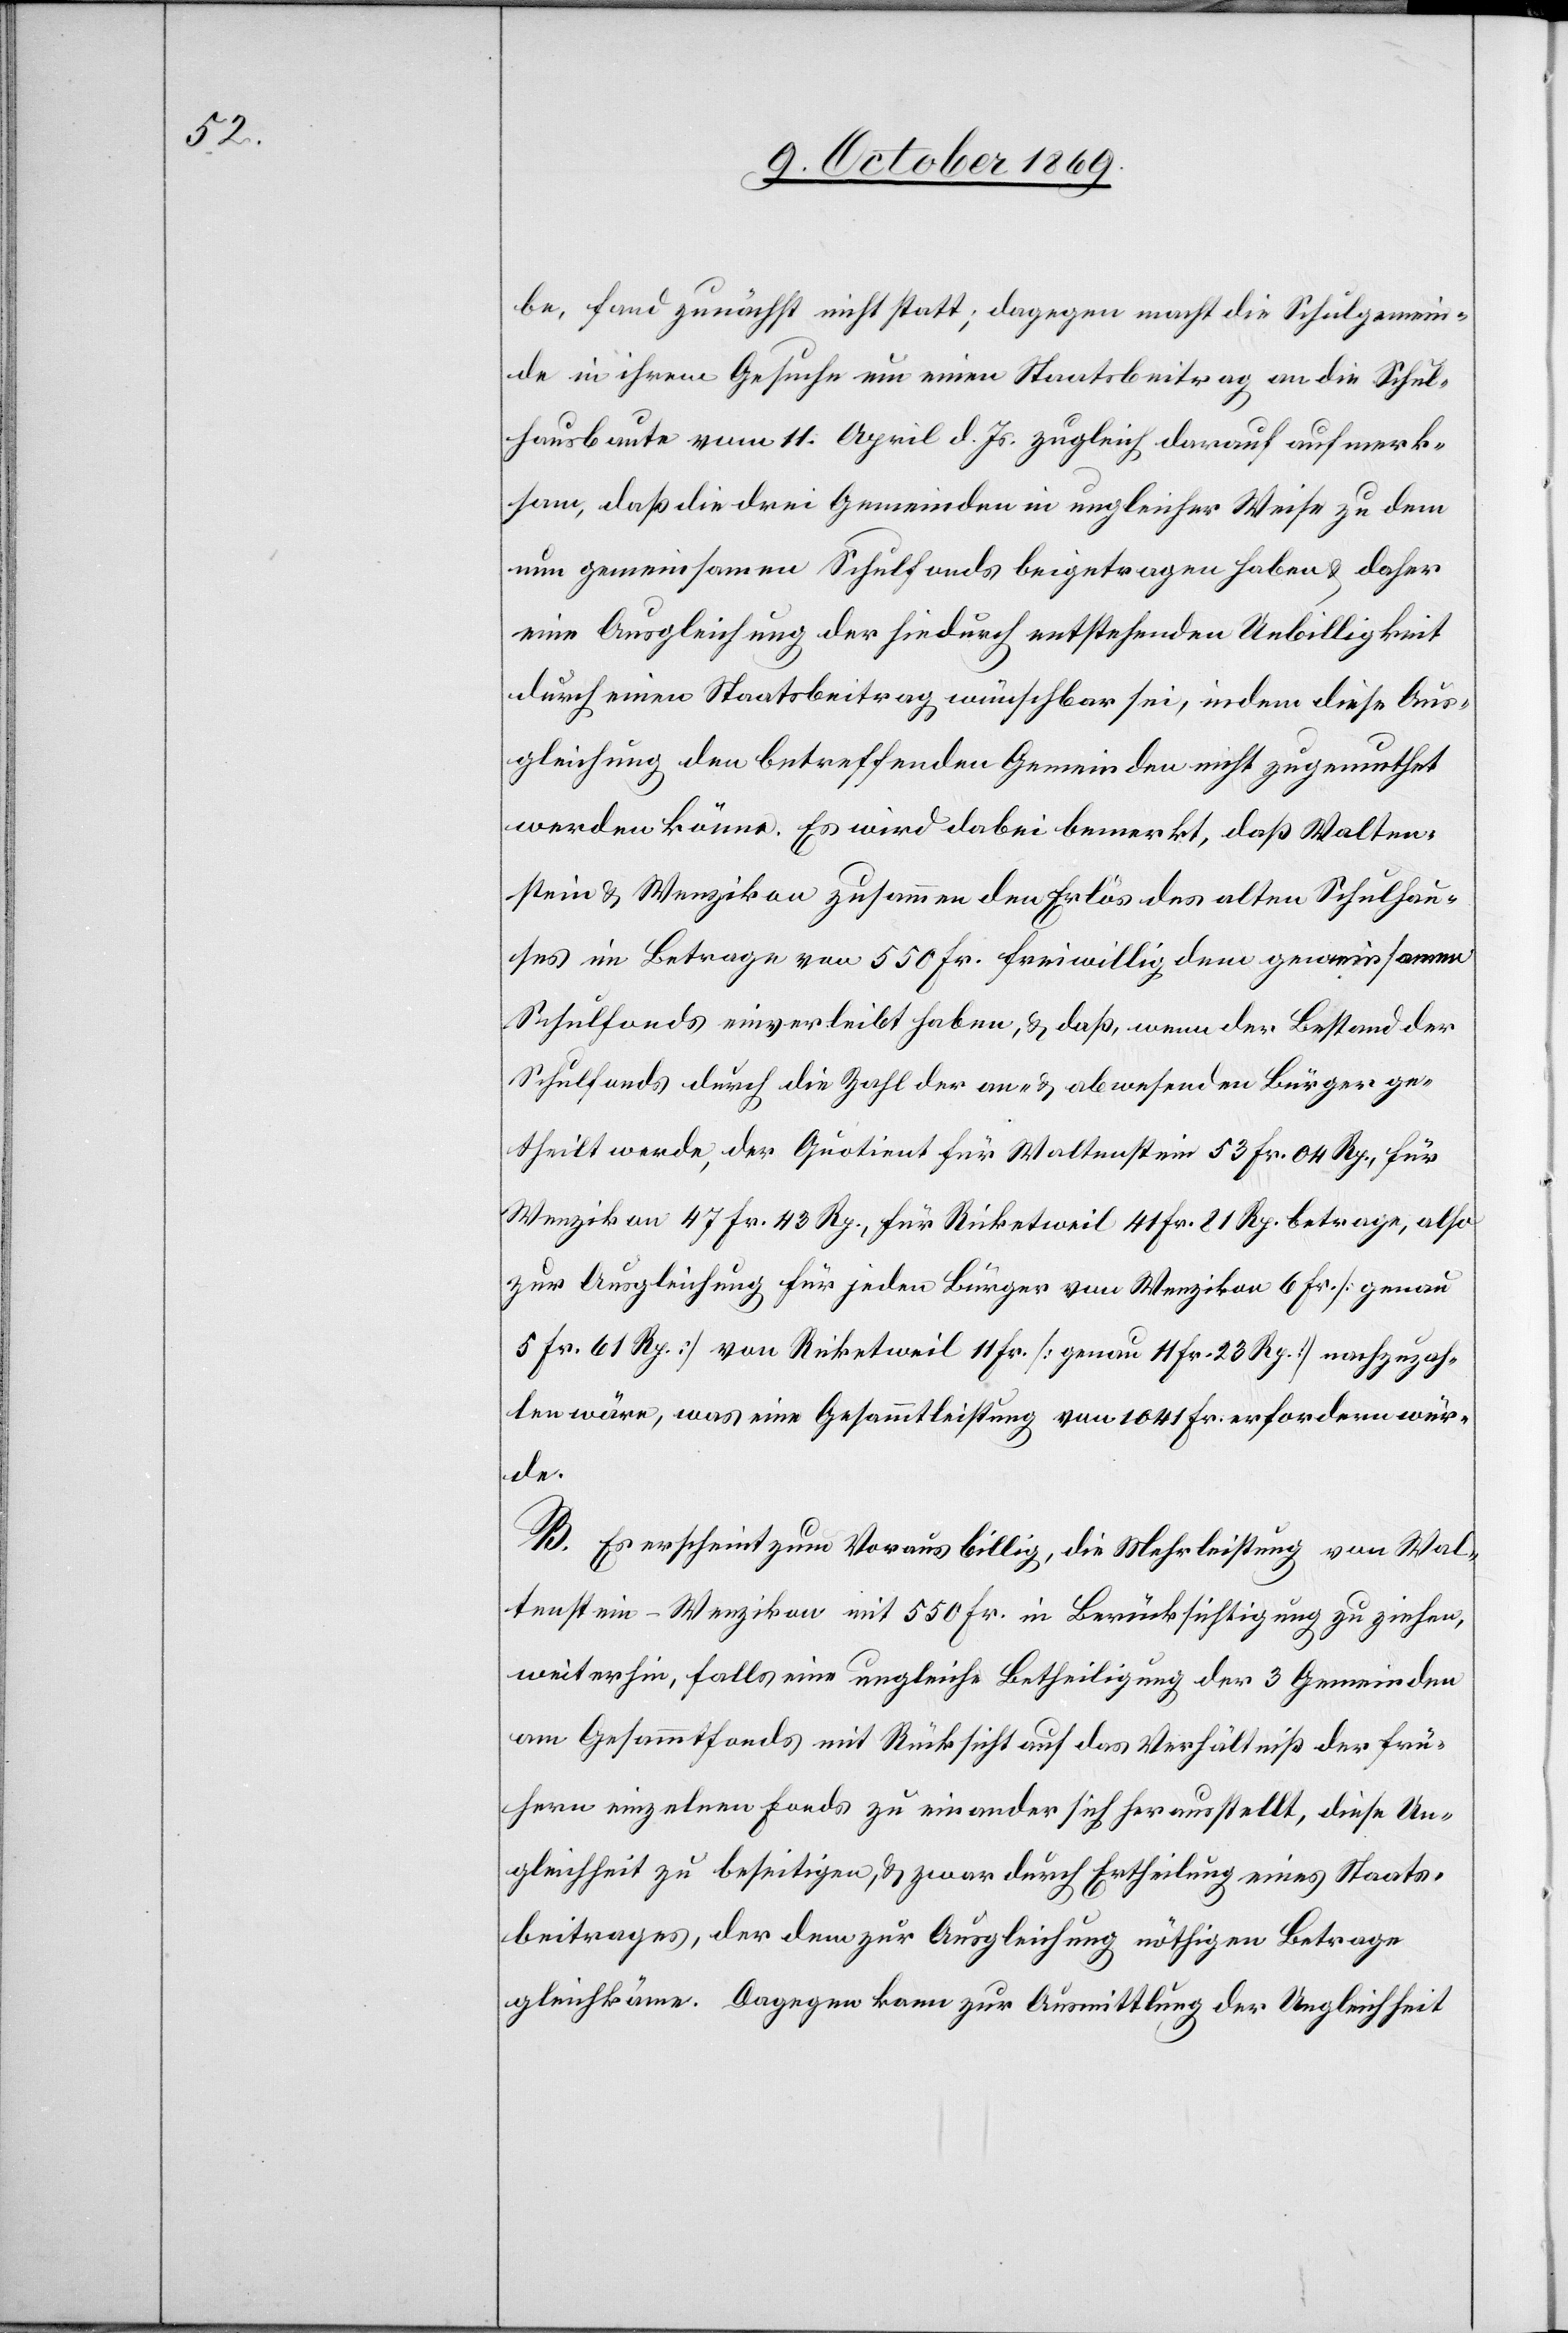
be, fand zunächst nicht statt; dagegen macht die Schulgemein¬
de in ihrem Gesuche um einen Staatsbeitrag an die Schul¬
hausbaute vom 11. April d. Js. zugleich darauf aufmerk¬
sam, daß die drei Gemeinden in ungleicher Weise zu dem
nun gemeinsamen Schulfonds beigetragen haben & daher
eine Ausgleichung der hiedurch entstehenden Unbilligkeit
durch einen Staatsbeitrag wünschbar sei, indem diese Aus¬
gleichung den betreffenden Gemeinden nicht zugemuthet
werden könne. Es wird dabei bemerkt, daß Walten¬
stein & Wenzikon zusammen den Erlös des alten Schulhau¬
ses im Betrage von 550 Fr. freiwillig dem gemeinsamen
Schulfonds einverleibt haben, & daß, wenn der Bestand der
Schulfonds durch die Zahl der an- & abwesenden Bürger ge¬
theilt werde, der Quotient für Waltenstein 53 Fr. 04 Rp., für
Wenzikon 47 Fr. 43 Rp., für Ricketweil 41 Fr. 81 Rp. betrage, also
zur Ausgleichung für jeden Bürger von Wenzikon 6 Fr. [genau
5 Fr. 61 Rp.] von Ricketweil 11 Fr. [genau 11 Fr. 23 Rp.] nachzuzah¬
len wäre, was eine Gesammtleistung von 1041 Fr. erfordern wür¬
de.
B. Es erscheint zum Voraus billig, die Mehrleistung von Wal¬
tenstein – Wenzikon mit 550 Fr. in Berücksichtigung zu ziehen,
weiterhin, falls eine ungleiche Betheiligung der 3 Gemeinden
am Gesammtfonds mit Rücksicht auf das Verhältniß der frü¬
hern einzelnen Fonds zu einander sich herausstellt, diese Un¬
gleichheit zu beseitigen, & zwar durch Ertheilung eines Staats¬
beitrages, der dem zur Ausgleichung nöthigen Betrage
gleichkäme. Dagegen kann zur Ausmittlung der Ungleichheit